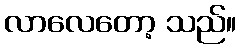
လာလေတော့ သည်။